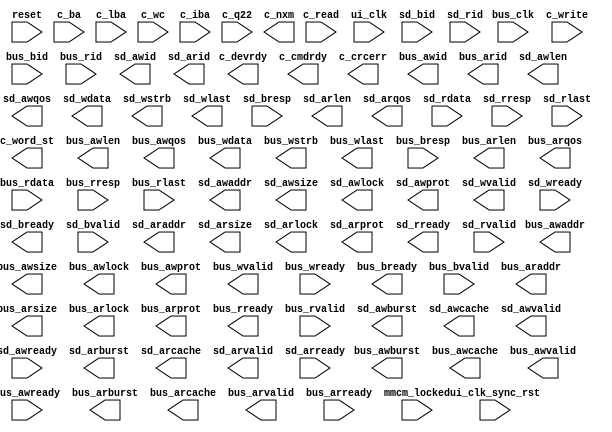
module ramdisk_sdram
  (
   input 	     bus_clk, // Bus clock, 20MHz
   input 	     reset, 

   // from Disk Controller
   input 	     c_read, // start a read operation
   input 	     c_write, // start a write operation
   input [21:0]      c_ba, // Bus Address
   input [31:0]      c_lba, // Linear Block Address
   input [15:0]      c_wc, // Word Count
   input 	     c_iba, // Inhibit Incrementing Bus Address
   input 	     c_q22, // use 22-bit addressing (otherwise it's 18-bits)
   output 	     c_devrdy, // Device is ready
   output 	     c_cmdrdy, // Device is ready for a command
   output 	     c_word_st, // strobes once for each word moved
   output 	     c_nxm, // hit non-existent memory
   output 	     c_crcerr, // a CRC error

   // AXI4(-like) interface to Host Bus
   // Slave Interface Write Address Ports
   output [3:0]      bus_awid,
   output [27:0]     bus_awaddr,
   output [7:0]      bus_awlen,
   output [2:0]      bus_awsize,
   output [1:0]      bus_awburst,
   output [0:0]      bus_awlock,
   output [3:0]      bus_awcache,
   output [2:0]      bus_awprot,
   output [3:0]      bus_awqos,
   output reg 	     bus_awvalid,
   input 	     bus_awready,
   // Slave Interface Write Data Ports
   output reg [31:0] bus_wdata,
   output [3:0]      bus_wstrb,
   output reg 	     bus_wlast,
   output reg 	     bus_wvalid,
   input 	     bus_wready,
   // Slave Interface Write Response Ports
   output 	     bus_bready,
   input [3:0] 	     bus_bid,
   input [1:0] 	     bus_bresp,
   input 	     bus_bvalid,
   // Slave Interface Read Address Ports
   output [3:0]      bus_arid,
   output [27:0]     bus_araddr,
   output [7:0]      bus_arlen,
   output [2:0]      bus_arsize,
   output [1:0]      bus_arburst,
   output [0:0]      bus_arlock,
   output [3:0]      bus_arcache,
   output [2:0]      bus_arprot,
   output [3:0]      bus_arqos,
   output reg 	     bus_arvalid,
   input 	     bus_arready,
   // Slave Interface Read Data Ports
   output reg 	     bus_rready,
   input [3:0] 	     bus_rid,
   input [31:0]      bus_rdata,
   input [1:0] 	     bus_rresp,
   input 	     bus_rlast,
   input 	     bus_rvalid,

   // AXI4 connection to the SDRAM
   // user interface signals
   input 	     ui_clk,
   input 	     ui_clk_sync_rst,
   input 	     mmcm_locked,
   // Slave Interface Write Address Ports
   output [3:0]      sd_awid,
   output [27:0]     sd_awaddr,
   output [7:0]      sd_awlen,
   output [2:0]      sd_awsize,
   output [1:0]      sd_awburst,
   output [0:0]      sd_awlock,
   output [3:0]      sd_awcache,
   output [2:0]      sd_awprot,
   output [3:0]      sd_awqos,
   output reg 	     sd_awvalid,
   input 	     sd_awready,
   // Slave Interface Write Data Ports
   output reg [31:0] sd_wdata,
   output [3:0]      sd_wstrb,
   output reg 	     sd_wlast,
   output reg 	     sd_wvalid,
   input 	     sd_wready,
   // Slave Interface Write Response Ports
   output 	     sd_bready,
   input [3:0] 	     sd_bid,
   input [1:0] 	     sd_bresp,
   input 	     sd_bvalid,
   // Slave Interface Read Address Ports
   output [3:0]      sd_arid,
   output [27:0]     sd_araddr,
   output [7:0]      sd_arlen,
   output [2:0]      sd_arsize,
   output [1:0]      sd_arburst,
   output [0:0]      sd_arlock,
   output [3:0]      sd_arcache,
   output [2:0]      sd_arprot,
   output [3:0]      sd_arqos,
   output reg 	     sd_arvalid,
   input 	     sd_arready,
   // Slave Interface Read Data Ports
   output reg 	     sd_rready,
   input [3:0] 	     sd_rid,
   input [31:0]      sd_rdata,
   input [1:0] 	     sd_rresp,
   input 	     sd_rlast,
   input 	     sd_rvalid
   );

   

   // Read Address
   assign s_axi_arid = 0;
   assign s_axi_arlen = 127;	// transfer the whole block
   assign s_axi_arsize = 'b010;	// 4 bytes at a time
   assign s_axi_arburst = 'b01;	// INCR
   assign s_axi_arlock = 0;
   assign s_axi_arcache = 0;
   assign s_axi_arprot = 0;
   assign s_axi_arqos = 0;
   assign s_axi_araddr = { block_address[18:0], 9'o000 };

   // Read State Machine
   reg 		      reading = 0, start_read = 0, read_even = 0, read_finish = 0;
   reg [6:0] 	      read_count = 0;
   reg [15:0] 	      odd_save;
   reg 		      read_done;
   // testing !!!
   reg [9:0] 	      save_data;
   reg [2:0] 	      saving = 1;
   
   always @(posedge ramclk) begin
      read_data_enable <= 0;
      s_axi_arvalid <= 0;
      s_axi_rready <= 0;

      case (1'b1)
	reset:
	  begin
	     reading <= 0;
	     start_read <= 0;
	     read_finish <= 0;
	     read_even <= 0;
	  end

	// wait until the read request clears before clearing reading
	read_finish:
	  if (!s_read_cmd) begin
	     reading <= 0;
	     read_finish <= 0;
	  end

	start_read:
	  if (s_axi_rvalid) begin
	     start_read <= 0;
	     s_axi_rready <= 1;
	     read_even <= 1;
	     { read_done, read_count } <= read_count + 1;
	  end

	reading:
	  if (read_even) begin
	     read_even <= 0;
	     read_data_enable <= 1;
	     { odd_save, read_data } <= s_axi_rdata;
	  end else begin
	     read_data_enable <= 1;
	     read_data <= odd_save;
	     if (read_done)
	       read_finish <= 1;
	     else
	       start_read <= 1;
	  end
	
	default:
	  if (s_read_cmd && s_axi_arready) begin
	     reading <= 1;
	     start_read <= 1;
	     read_count <= 0;
	     read_done <= 0;
	     s_axi_arvalid <= 1;	     
	  end
      endcase // case (1'b1)
   end
   
   // Write Address
   assign s_axi_awid = 0;
   assign s_axi_awlen = 127;	// transfer the whole block
   assign s_axi_awsize = 'b010;	// 4 bytes at a time
   assign s_axi_awburst = 'b01;	// INCR
   assign s_axi_awlock = 0;
   assign s_axi_awcache = 0;
   assign s_axi_awprot = 0;
   assign s_axi_awqos = 0;
   assign s_axi_awaddr = { block_address[18:0], 9'o000 };

   // Write Data
   assign s_axi_wstrb = 4'b1111; // write all 4 bytes

   // Write Response
   assign s_axi_bready = 1;	// this should just accept any responses as they come, we don't
				// do anything with them.

   // Write State Machine
   reg		      writing = 0, start_write = 0, write_even = 0, write_finish = 0, write_delay = 0;
   reg [6:0] 	      write_count = 0;
   wire [6:0] 	      write_count_next;
   wire 	      write_last;
   assign { write_last, write_count_next } = write_count + 1;
   reg 		      write_done = 0;
   always @(posedge ramclk) begin
      write_data_enable <= 0;
      s_axi_awvalid <= 0;
      s_axi_wvalid <= 0;
      s_axi_wlast <= 0;

      case (1'b1)
	reset:
	  begin
	     saving <= 2;	// debug !!!
	     writing <= 0;
	     start_write <= 0;
	     write_even <= 0;
	     write_done <= 0;
	     write_finish <= 0;
	     write_delay <= 0;
	  end

	// wait until the write request clears before finishing up and clearing writing
	write_done:
	  if (!s_write_cmd) begin
	     writing <= 0;
	     write_done <= 0;
	  end
	
	// just toss in a one-cycle delay
	write_delay:
	  write_delay <= 0;

	start_write:
	  if (s_axi_awready) begin
	     start_write <= 0;
	     write_even <= 1;
	     write_count <= 0;
	     write_done <= 0;
	  end else
	    s_axi_awvalid <= 1;	// hold awvalid until arready is asserted

	write_finish:
	  if (s_axi_wready) begin
	     write_count <= write_count_next;
	     write_done <= write_last;
	     write_finish <= 0;
	  end else begin
	     s_axi_wvalid <= 1;
	     s_axi_wlast <= write_last;
	  end

	writing:
	  begin
	     write_even <= ~write_even;
	     
	     if (write_even) begin
		s_axi_wdata[15:0] <= write_data;
		write_data_enable <= 1;
		write_delay <= 1;
	     end else begin
		write_finish <= 1;
		s_axi_wdata[31:16] <= write_data;
		s_axi_wvalid <= 1;
		s_axi_wlast <= write_last;
		if (!write_last)
		  write_data_enable <= 1;

		// debug !!!
		if (saving) begin
		   save_data <= write_data[9:0];
		   saving <= saving - 1;
		end
	     end
	  end
	     
	default:
	  if (s_write_cmd) begin
	     start_write <= 1;
	     writing <= 1;
	     write_even <= 1;
	     write_count <= 0;
	     write_done <= 0;
 	     s_axi_awvalid <= 1;
	     write_data_enable <= 1; // clock out the first word in the write fifo
	  end
      endcase // case (1'b1)
   end
	     
   assign debug_output = { reading, start_read, read_even, read_count };

endmodule